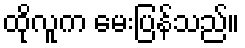
ထိုလူက မေးပြန်သည်။